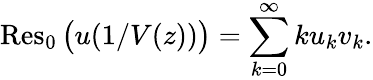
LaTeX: \operatorname{Res}_{0}{\big(}u(1/V(z)){\big)}=\sum_{k=0}^{\infty}ku_{k}v_{k}.